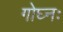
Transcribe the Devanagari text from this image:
गोघ्नः